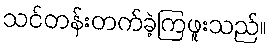
သင်တန်းတက်ခဲ့ကြဖူးသည်။